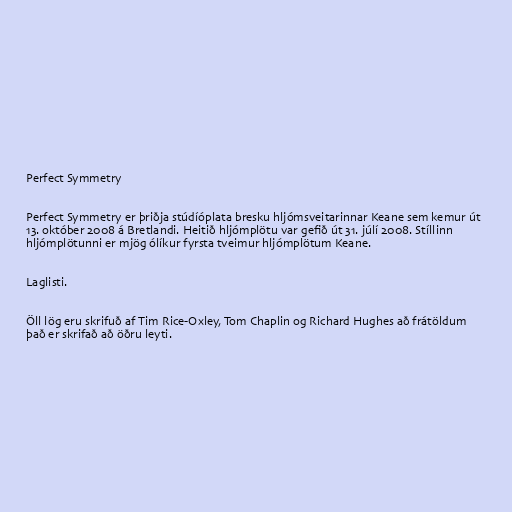
Perfect Symmetry

Perfect Symmetry er þriðja stúdíóplata bresku hljómsveitarinnar Keane sem kemur út
13. október 2008 á Bretlandi. Heitið hljómplötu var gefið út 31. júlí 2008. Stíllinn
hljómplötunni er mjög ólíkur fyrsta tveimur hljómplötum Keane.

Laglisti.

Öll lög eru skrifuð af Tim Rice-Oxley, Tom Chaplin og Richard Hughes að frátöldum
það er skrifað að öðru leyti.